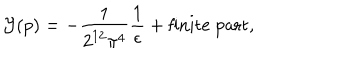
{ \cal Y } ( p ) = - \frac { 1 } { 2 ^ { 1 2 } \pi ^ { 4 } } \frac { 1 } { \epsilon } + \mathrm { f i n i t e ~ p a r t } ,